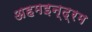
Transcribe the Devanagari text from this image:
अहमइन्द्रम